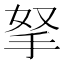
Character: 拏